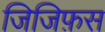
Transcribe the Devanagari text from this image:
जिजिफ़स